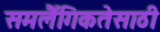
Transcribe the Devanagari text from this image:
समलैँगिकतेसाठी